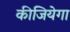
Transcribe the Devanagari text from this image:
कीजियेगा